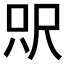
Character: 𰍵